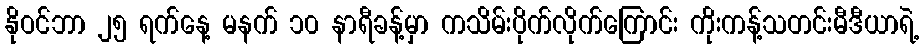
နိုဝင်ဘာ ၂၅ ရက်နေ့ မနက် ၁၀ နာရီခန့်မှာ ကသိမ်းပိုက်လိုက်ကြောင်း ကိုးကန့်သတင်းမီဒီယာရဲ့